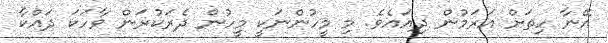
އޭނާ ހިތަށް އަރަމުން ދިއައެވެ. މި މީހުންނަކީ މީހުން ދެރަކުރަން ވާހަކަ ދައްކާ